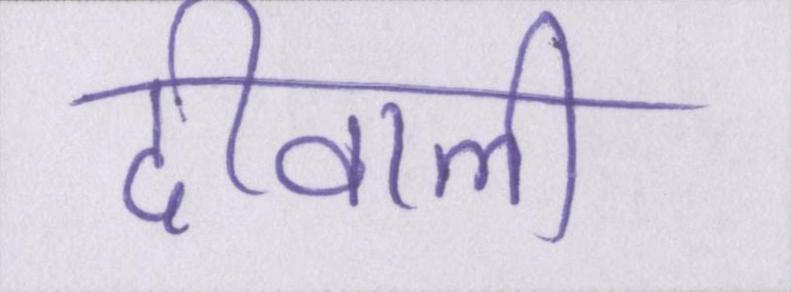
दीवाली